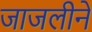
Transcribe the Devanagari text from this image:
जाजलीने